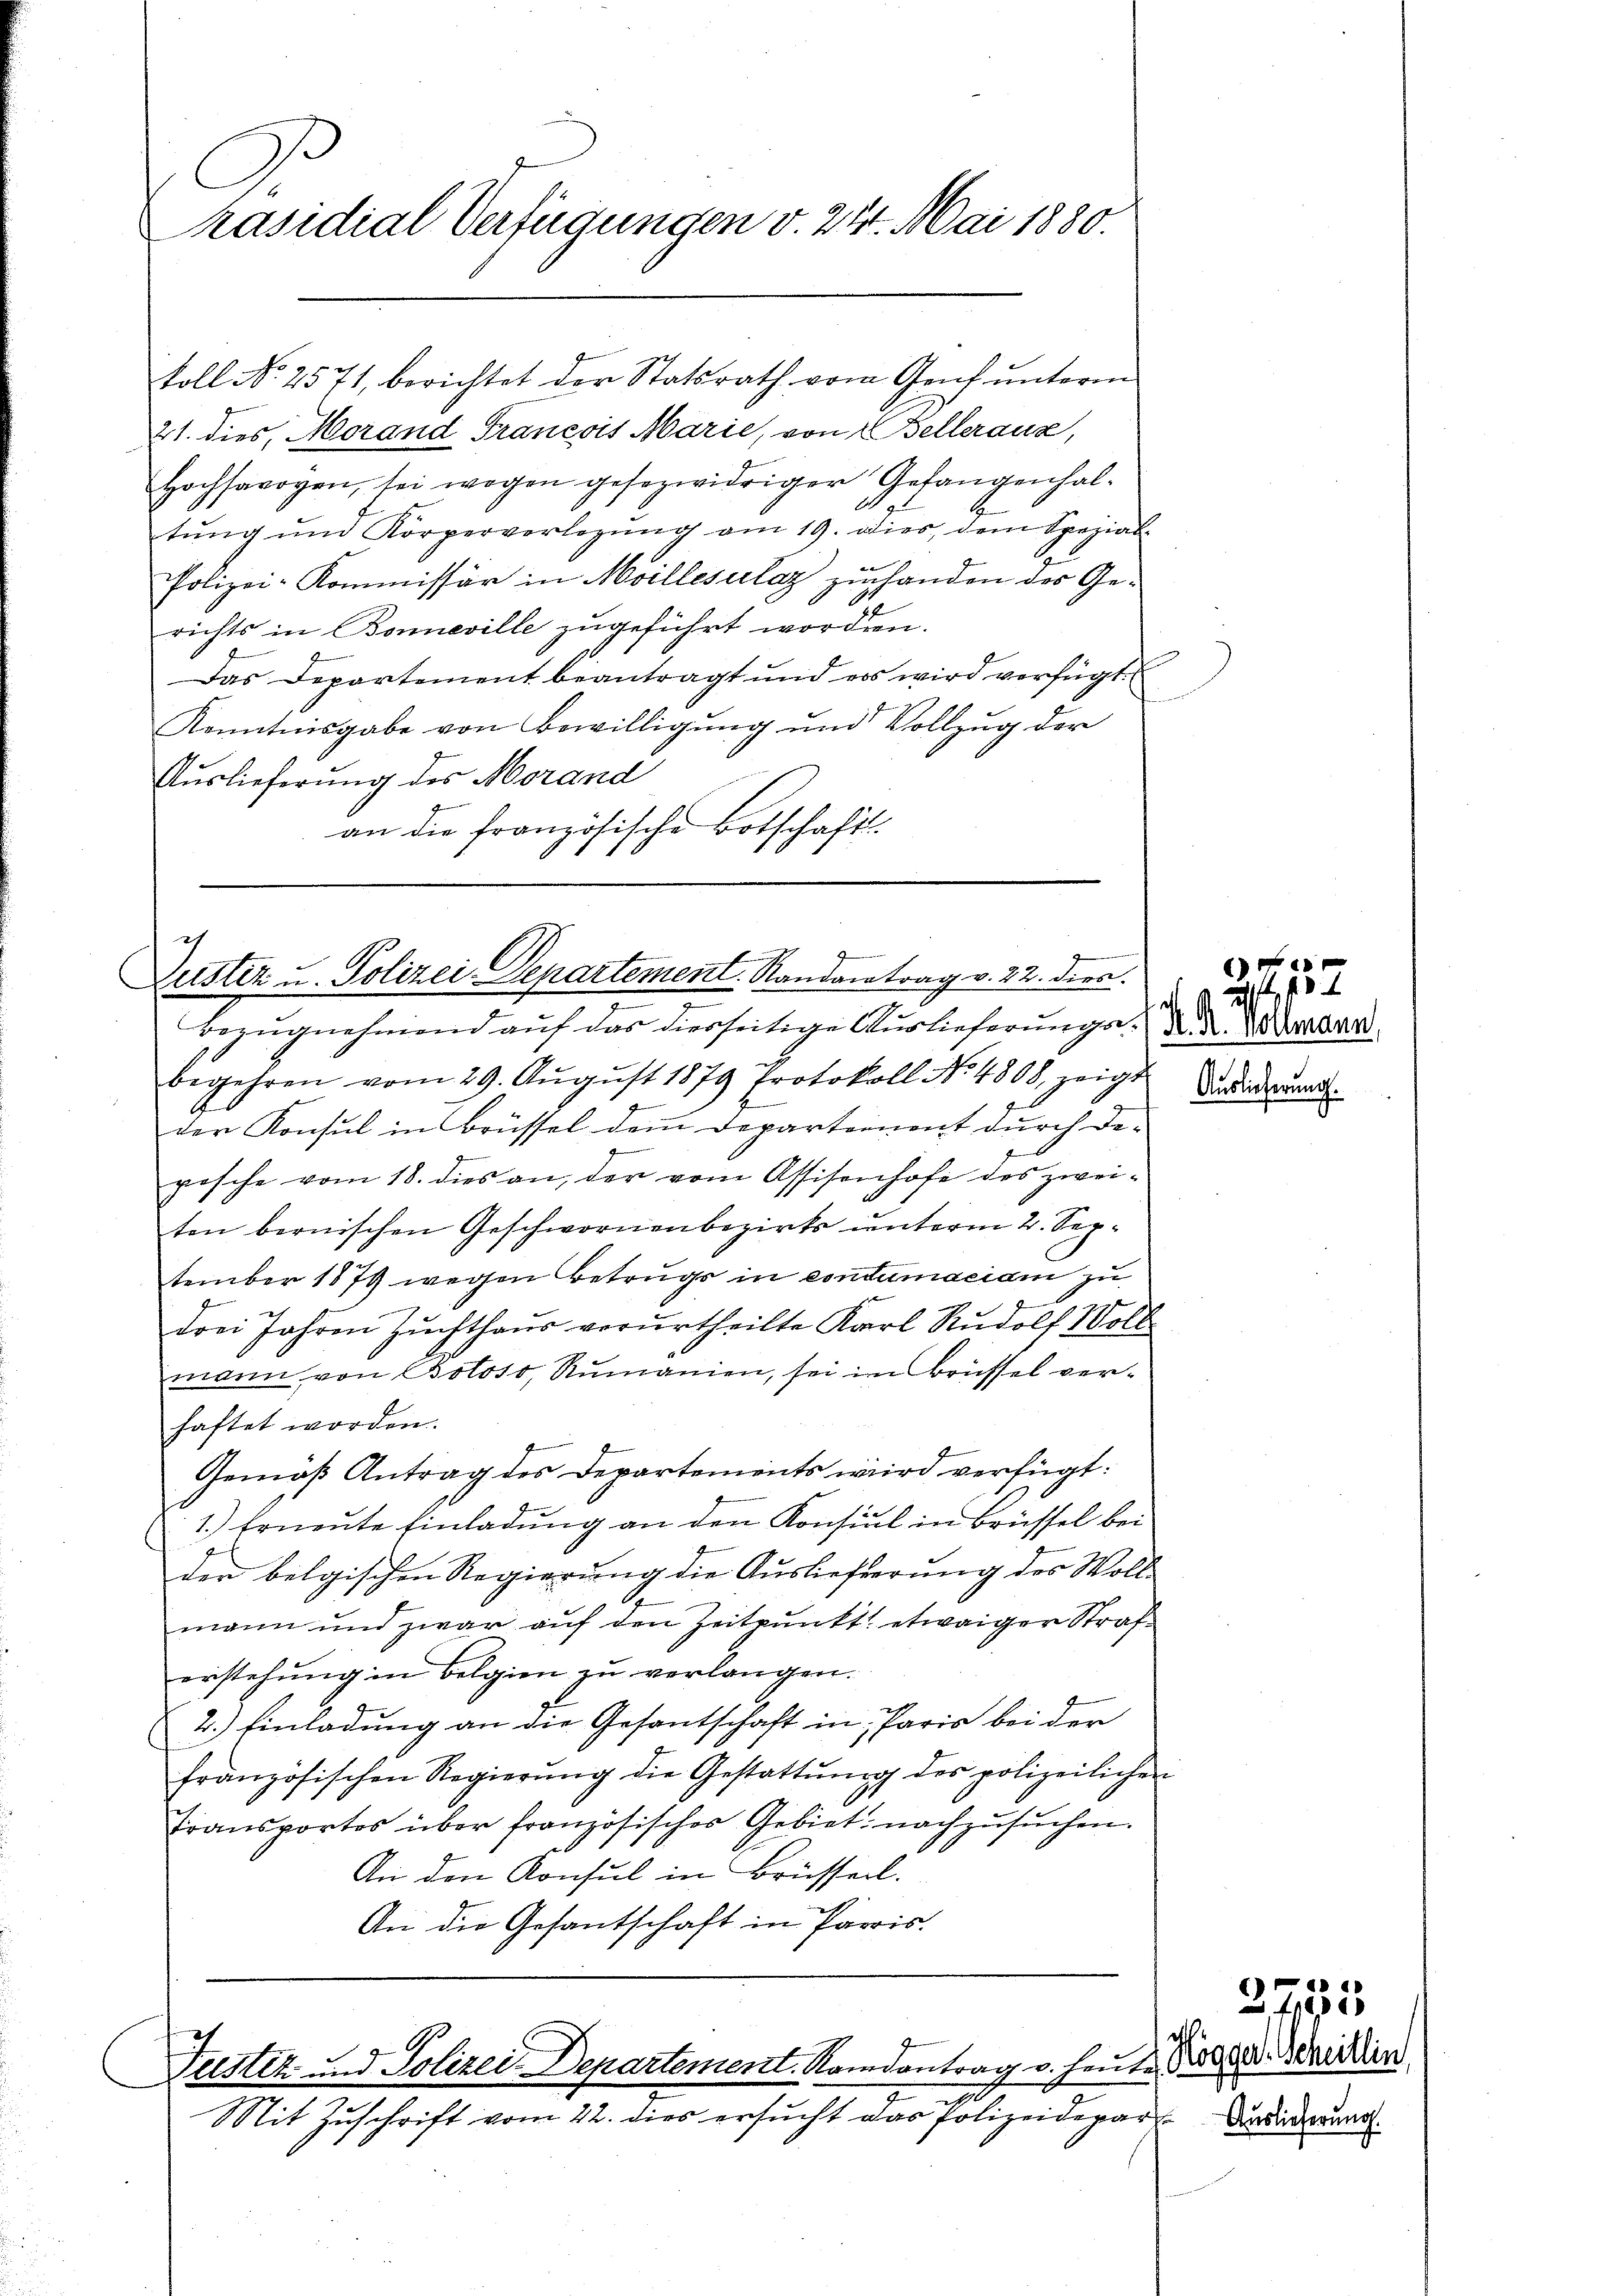
Präsidial-Verfügungen v. 24. Mai 1880.

21. dies, Morand Francois Marie, von 2 Belleraus,
Hochsavoyen, sei wegen gesezwidriger Gefangenhal-
tŭng ŭm Körperverlegŭng am 19. dies, dem Spezial-
Polizei-Kommissär in Moillesalaz zu handen des Gerichts in Bonneville zugeführt worden.
Das Departement beantragt und es wird verfügt
Kenntnisgabe von Bewilligung und Vollzug der
Auslieferung des Morand
an die französische Botschafts-

koll No 2571, berichtet der Statsrath vom Genf unterm

Justiz u. Polizei-Departement. Randantrag v. 22. dien.

Bezŭgnehmend aŭf das diesseitige Auslieferungs d. 2
begehren vom 29. Aŭgŭst 1879 Protokoll No 4808, zeigt
der Konsul in Brüssel dem Departement durch Deposche vom 18. dies an, der vom Assisenhofe des zwei-
ten bernischen Geschwornenbezirks unterm 2. September 1879 wegen Betrugs in contumaciam zu
drei Jahren Zuchthaus verurtheilte Karl Rudolf Woll
mann von Botoso, Rŭmanien, sei in Brüssel ver-
haftet worden.
Gemäß Antrag des Departements wird verfügt:
1.) Erneute Einladung an den Konsul in Brüssel bei
der belgischen Regierung die Auslieferung des Wollmann und zwar auf den Zeitpunkt etwaiger Straferstehung in Belgien zu verlangen.
2.) Einladung an die Gesantschaft in Paris bei der
französischen Regierŭng die Gestattŭng des polizeilichen
Transportes über französisches Gebiet nachzusuchen.
An den Konsul in Brüsserl.
An die Gesantschaft in Parris.

7
9
Teestez und Polizei-Departement. Romantrag v. heute der Meritien
Mit Zuschrift vom 22. dies ersucht das Polizeidepar-Versiederung

6
¬

Auslieferung.

mann,

.
f255
.